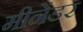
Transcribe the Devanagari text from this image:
मीनेंडर